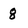
Character: 8